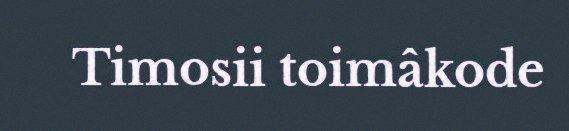
Timosii toimâkode